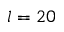
l = 2 0